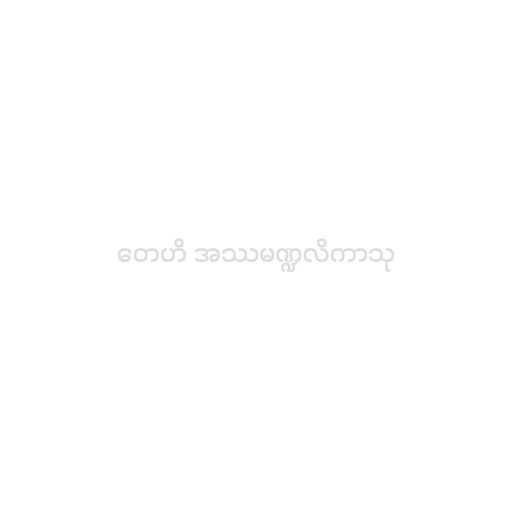
တေဟိ အဿမဏ္ဍလိကာသု